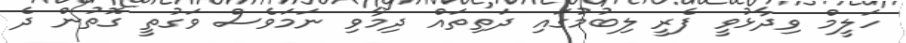
ހަލީމް ވިދާޅުވީ ފެރީ ލިބުމުގައި ދަތިތައް ދިމާވި ނަމަވެސް ވަގުތީ ގޮތުން ދެ